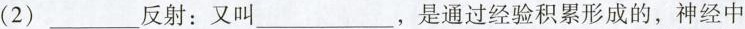
(2)___反射：又叫___，是通过经验积累形成的，神经中